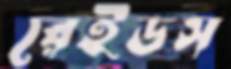
রেইডস